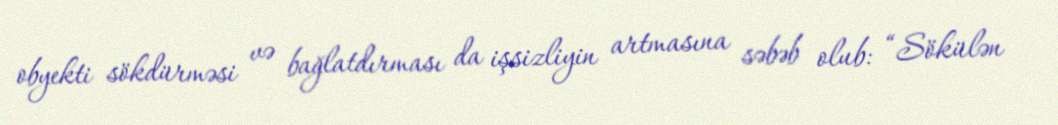
obyekti sökdürməsi və bağlatdırması da işsizliyin artmasına səbəb olub: “Sökülən